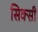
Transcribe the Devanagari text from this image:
सिक्सी